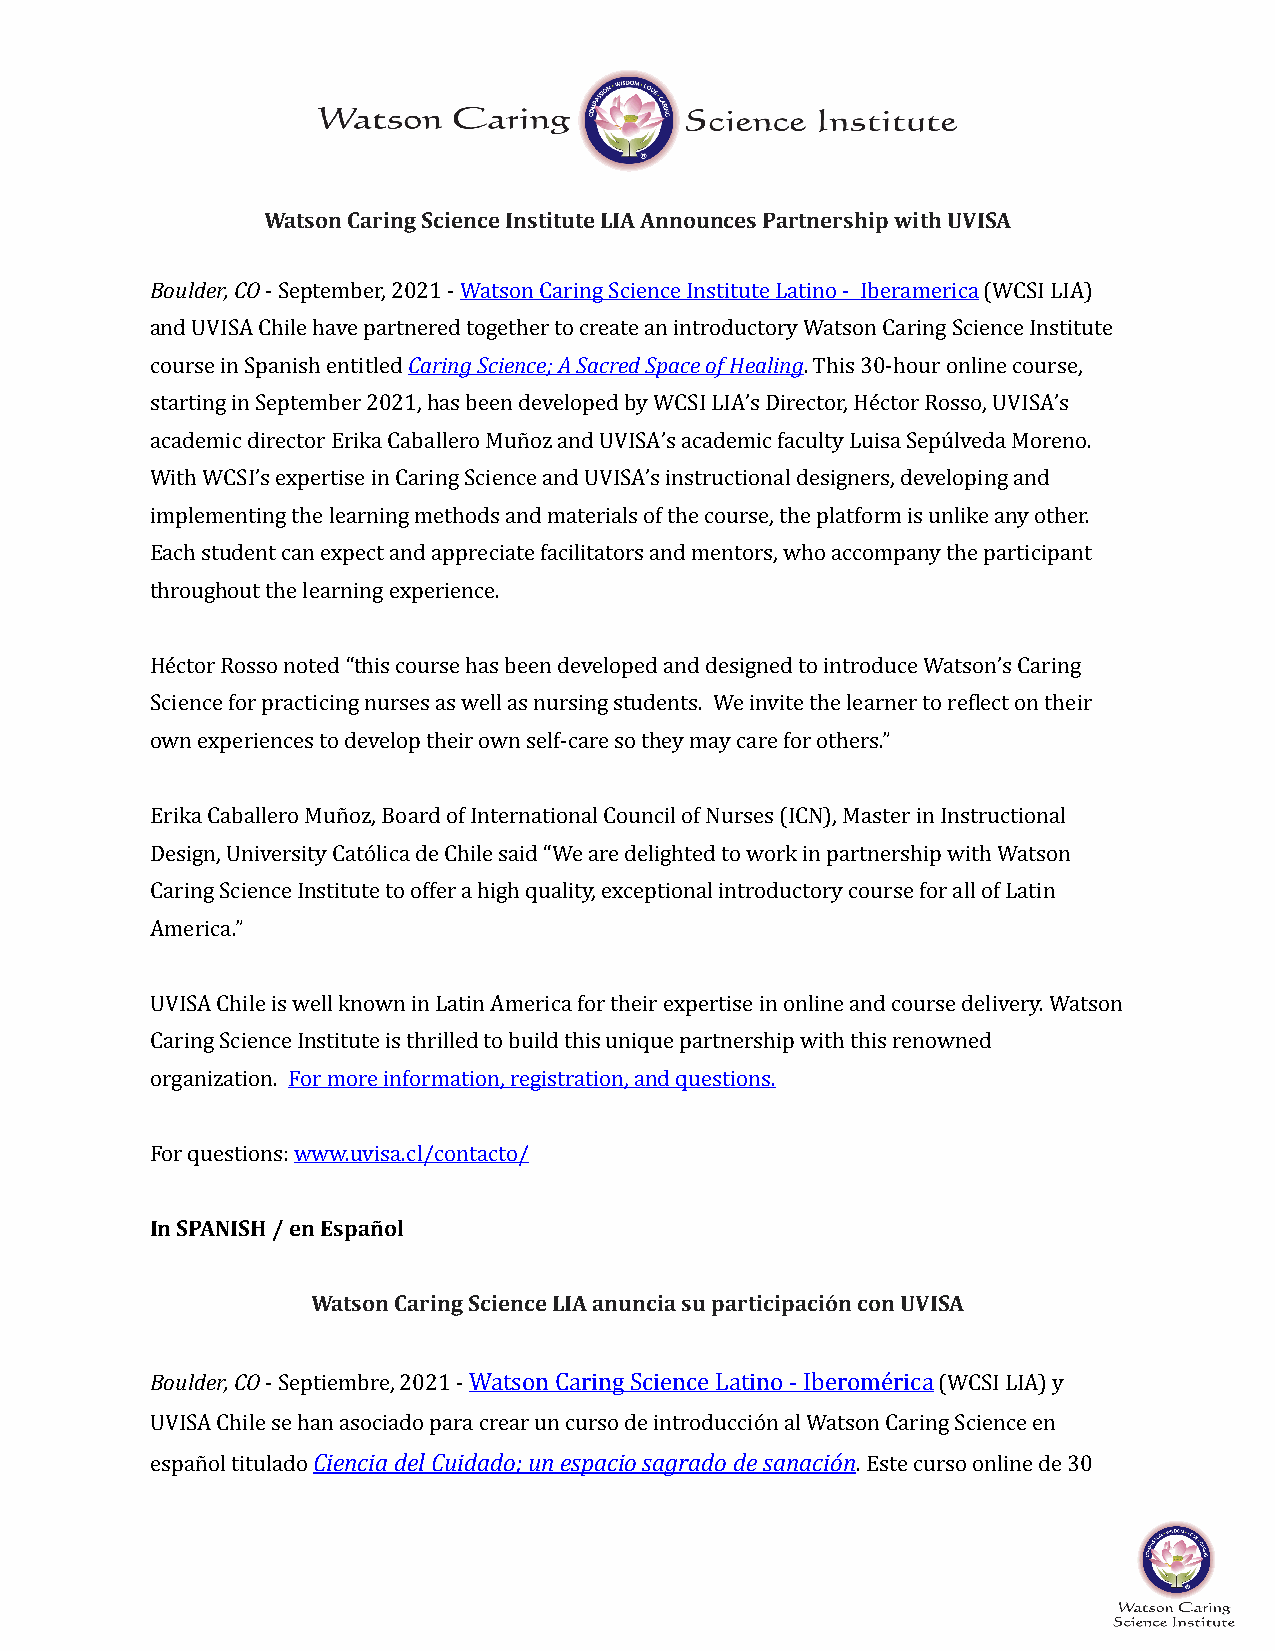
Watson Caring Science Institute LIA Announces Partnership with UVISA
 Boulder, CO - September, 2021 - Watson Caring Science Institute Latino - Iberamerica (WCSI LIA)
 and UVISA Chile have partnered together to create an introductory Watson Caring Science Institute
 course in Spanish entitled Caring Science; A Sacred Space of Healing. This 30-hour online course,
 starting in September 2021, has been developed by WCSI LIA’s Director, Héctor Rosso, UVISA’s
 academic director Erika Caballero Muñoz and UVISA’s academic faculty Luisa Sepúlveda Moreno.
 With WCSI’s expertise in Caring Science and UVISA’s instructional designers, developing and
 implementing the learning methods and materials of the course, the platform is unlike any other.
 Each student can expect and appreciate facilitators and mentors, who accompany the participant
 throughout the learning experience.
 Héctor Rosso noted “this course has been developed and designed to introduce Watson’s Caring
 Science for practicing nurses as well as nursing students. We invite the learner to reVlect on their
 own experiences to develop their own self-care so they may care for others.”
 Erika Caballero Muñoz, Board of International Council of Nurses (ICN), Master in Instructional
 Design, University Católica de Chile said “We are delighted to work in partnership with Watson
 Caring Science Institute to offer a high quality, exceptional introductory course for all of Latin
 America.”
 UVISA Chile is well known in Latin America for their expertise in online and course delivery. Watson
 Caring Science Institute is thrilled to build this unique partnership with this renowned
 organization. For more information, registration, and questions.
 For questions: www.uvisa.cl/contacto/
 In SPANISH / en Español
 Watson Caring Science LIA anuncia su participación con UVISA
 Boulder, CO - Septiembre, 2021 - Watson Caring Science Latino - Iberomérica (WCSI LIA) y
 UVISA Chile se han asociado para crear un curso de introducción al Watson Caring Science en
 español titulado Ciencia del Cuidado; un espacio sagrado de sanación. Este curso online de 30